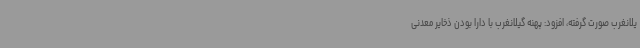
یلانغرب صورت گرفته، افزود: پهنه گیلانغرب با دارا بودن ذخایر معدنی